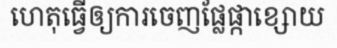
ហេតុធ្វើឲ្យការចេញផ្លែផ្កាខ្សោយ